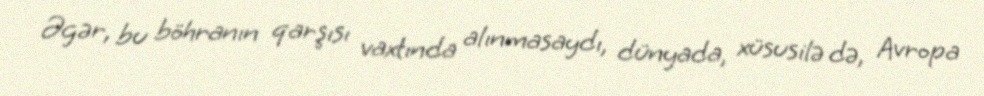
Əgər, bu böhranın qarşısı vaxtında alınmasaydı, dünyada, xüsusilə də, Avropa